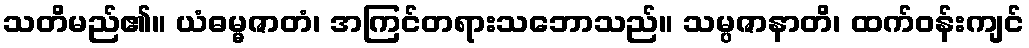
သတိမည်၏။ ယံဓမ္မဇာတံ၊ အကြင်တရားသဘောသည်။ သမ္ပဇာနာတိ၊ ထက်ဝန်းကျင်